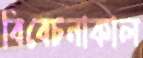
বিবেচনাকাল